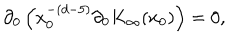
\partial _ { 0 } \left( x _ { 0 } ^ { - ( d - 5 ) } \partial _ { 0 } K _ { \infty } ( x _ { 0 } ) \right) = 0 ,